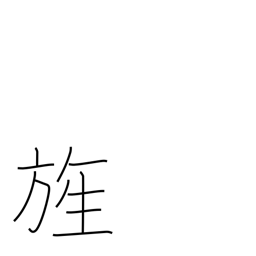
Meaning: flag